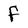
Character: f